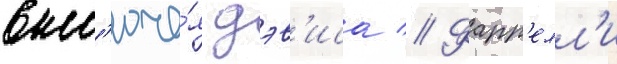
вкл'юча́я дэв'иса // Фарр'елл'и